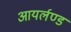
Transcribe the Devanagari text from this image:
आयर्लण्ड